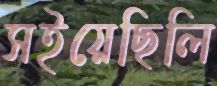
সইয়েছিলি